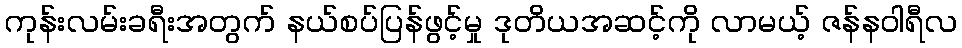
ကုန်းလမ်းခရီးအတွက် နယ်စပ်ပြန်ဖွင့်မှု ဒုတိယအဆင့်ကို လာမယ့် ဇန်နဝါရီလ